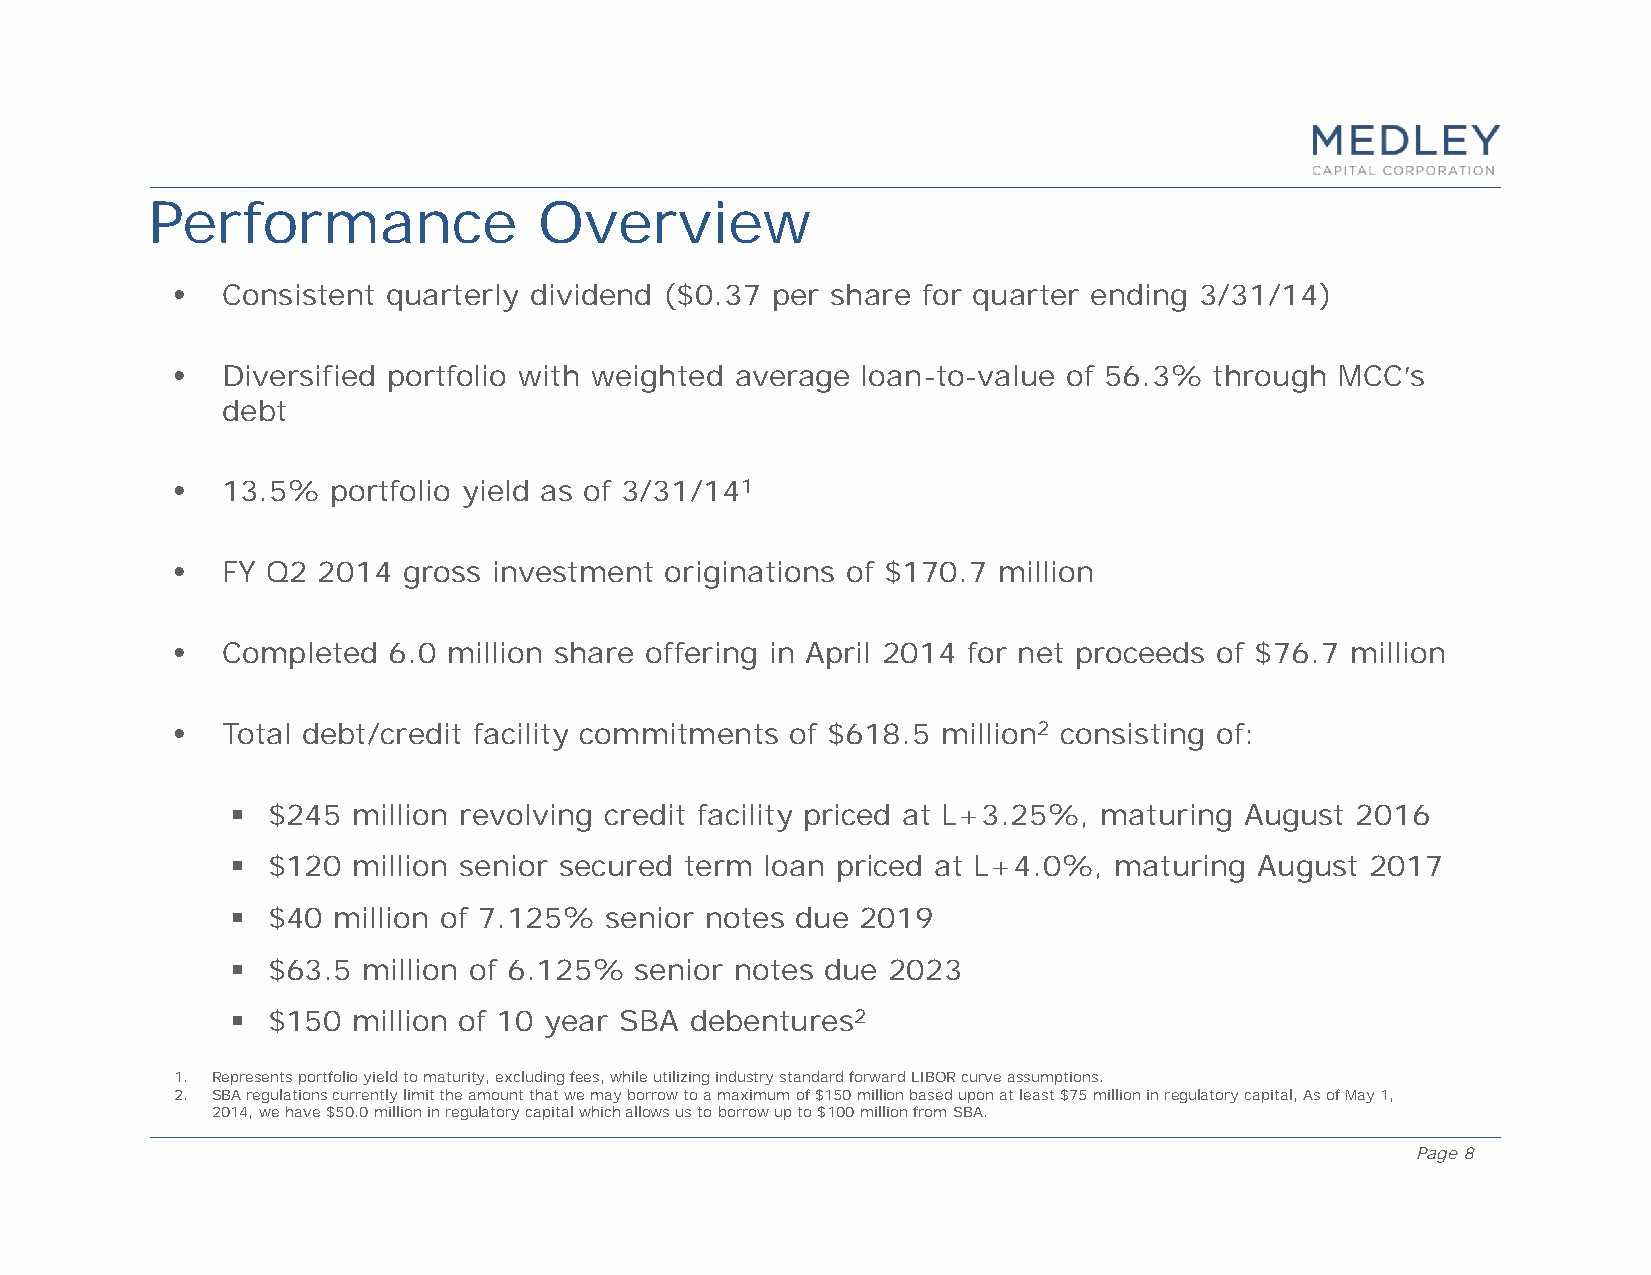
Performance               Overview
 •  Consistent quarterly dividend ($0.37 per share for quarter ending 3/31/14)
 •  Diversified portfolio with weighted average loan-to-value of 56.3% through MCC’s
 debt
 •  13.5%  portfolio yield as of 3/31/141
 •  FY Q2 2014  gross investment originations of $170.7 million
 •  Completed  6.0 million share offering in April 2014 for net proceeds of $76.7 million
 •  Total debt/credit facility commitments of $618.5 million2 consisting of:
   $245 million revolving credit facility priced at L+3.25%, maturing August 2016
   $120 million senior secured term loan priced at L+4.0%, maturing August  2017
   $40 million of 7.125% senior notes due 2019
   $63.5 million of 6.125% senior notes due 2023
   $150 million of 10 year SBA debentures2
 1. Represents portfolio yield to maturity, excluding fees, while utilizing industry standard forward LIBOR curve assumptions.
 2. SBA regulations currently limit the amount that we may borrow to a maximum of $150 million based upon at least $75 million inregulatory capital, As of May 1,
 2014, we have $50.0 million in regulatory capital which allows us to borrow up to $100 million from SBA.
 Page 8